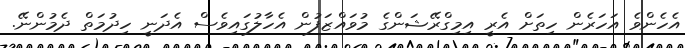
އެހެންވެ އަހަރެން ހިތަށް އެރީ އިމިގްރޭޝަންގެ މުވައްޒަފުން އެހާލުގައިވެސް އެދަނީ ހިދުމަތް ދެމުންނޭ.